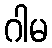
ဂါမ